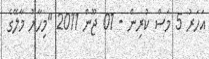
އަހަރު 5 މަސް ކުރިން - 01 ޖޫން 2011 "މިހާރު މާލޭގެ